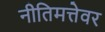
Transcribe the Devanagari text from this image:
नीतिमत्तेवर